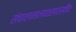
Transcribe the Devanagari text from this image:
संचालनालयासारखीच